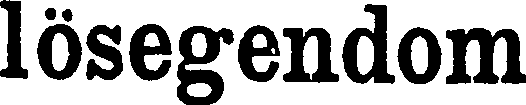
lösegendom